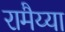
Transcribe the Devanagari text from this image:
रामैय्या